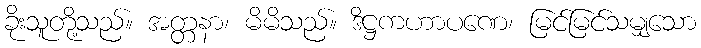
ခိုးသူတို့သည်။ အတ္တနာ၊ မိမိသည်။ ဒိဋ္ဌကဟာပဏေ၊ မြင်မြင်သမျှသော